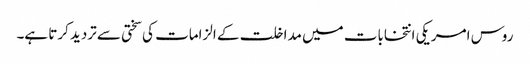
روس امریکی انتخابات میں مداخلت کے الزامات کی سختی سے تردید کرتا ہے۔